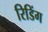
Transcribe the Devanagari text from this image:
रिडिंग